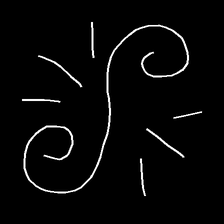
Glyph: wind-directs-air